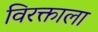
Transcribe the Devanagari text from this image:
विरक्ताला